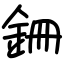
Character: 銏